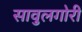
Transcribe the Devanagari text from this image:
सावुलगोरी